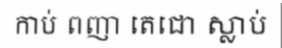
កាប់ ពញា តេជោ ស្លាប់